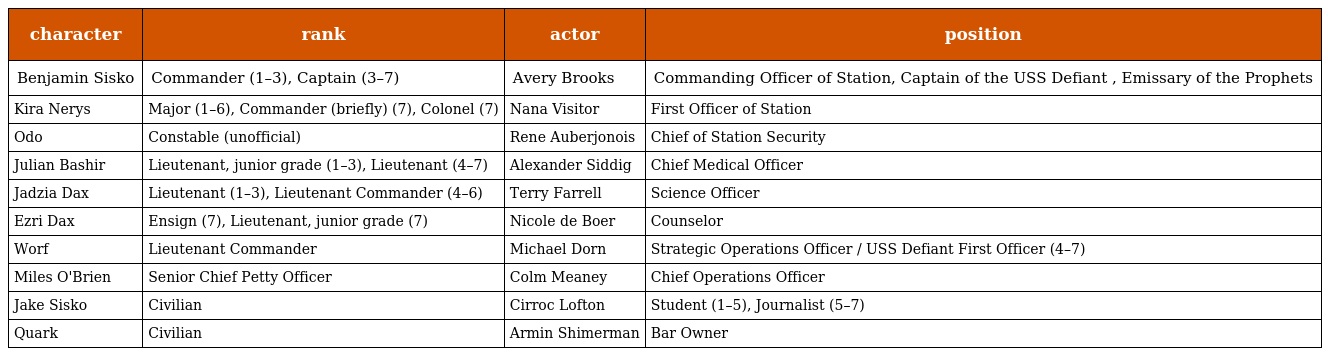
| character | rank | actor | position |
 | --- | --- | --- | --- |
 | Benjamin Sisko | Commander (1–3), Captain (3–7) | Avery Brooks | Commanding Officer of Station, Captain of the USS Defiant , Emissary of the Prophets |
 | Kira Nerys | Major (1–6), Commander (briefly) (7), Colonel (7) | Nana Visitor | First Officer of Station |
 | Odo | Constable (unofficial) | Rene Auberjonois | Chief of Station Security |
 | Julian Bashir | Lieutenant, junior grade (1–3), Lieutenant (4–7) | Alexander Siddig | Chief Medical Officer |
 | Jadzia Dax | Lieutenant (1–3), Lieutenant Commander (4–6) | Terry Farrell | Science Officer |
 | Ezri Dax | Ensign (7), Lieutenant, junior grade (7) | Nicole de Boer | Counselor |
 | Worf | Lieutenant Commander | Michael Dorn | Strategic Operations Officer / USS Defiant First Officer (4–7) |
 | Miles O'Brien | Senior Chief Petty Officer | Colm Meaney | Chief Operations Officer |
 | Jake Sisko | Civilian | Cirroc Lofton | Student (1–5), Journalist (5–7) |
 | Quark | Civilian | Armin Shimerman | Bar Owner |